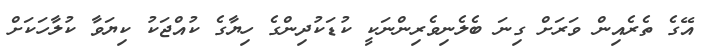
އޭގެ ތެރެއިން ވަރަށް ގިނަ ބެލެނިވެރިންނަކީ ކުޑަކުދިންގެ ހިޔާގެ ކުއްޖަކު ކިޔަވާ ކުލާހަކަށް